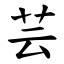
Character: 芸